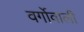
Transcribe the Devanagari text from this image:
वर्गोवाली